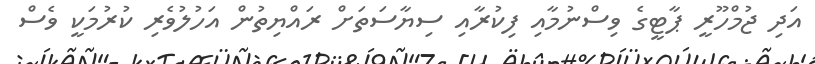
އަދި ޖުމްހޫރީ ޕާޓީގެ ވިސްނުމާއި ފިކުރާއި ސިޔާސަތަށް ރައްޔިތުން އަހުލުވެރި ކުރުމަކީ ވެސް